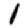
Digit: 1